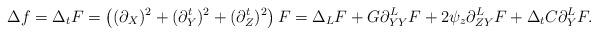
LaTeX: \begin{align*}\Delta f = \Delta_t F & = \left( (\partial_{X})^2 + (\partial_Y^t)^2 + (\partial_Z^t)^2 \right) F = \Delta_L F + G \partial_{YY}^L F + 2 \psi_z \partial_{ZY}^L F + \Delta_t C \partial_Y^L F. \end{align*}